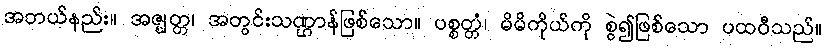
အဘယ်နည်း။ အဇ္ဈတ္တ၊ အတွင်းသဏ္ဌာန်ဖြစ်သော။ ပစ္စတ္တံ၊ မိမိကိုယ်ကို စွဲ၍ဖြစ်သော ပထဝီသည်။